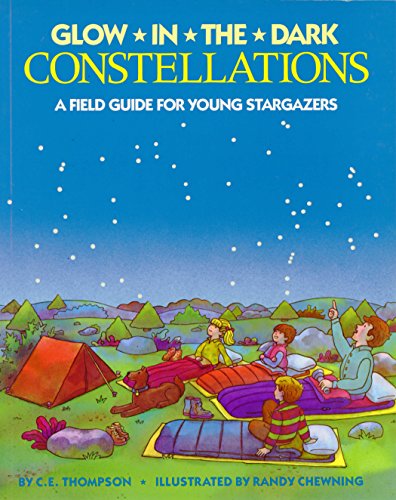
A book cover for Glow-in-the-Dark Constellations; C. E. Thompson; Children's Books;